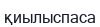
қиылыспаса